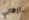
ارهابي